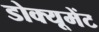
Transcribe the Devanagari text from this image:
डोक्यूमेंट